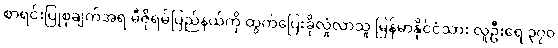
စာရင်းပြုစုချက်အရ မီဇိုရမ်ပြည်နယ်ကို ထွက်ပြေးခိုလှုံလာသူ မြန်မာနိုင်ငံသား လူဦးရေ ၃၇၀